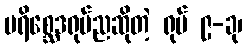
ပရိစ္ဆေဒရုပ်ညဆိုတဲ့ ရုပ် ၉-ခု၊